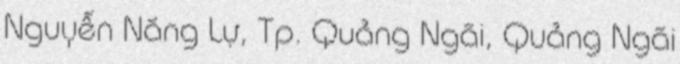
Nguyễn Năng Lự, Tp. Quảng Ngãi, Quảng Ngãi